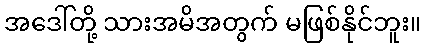
အဒေါ်တို့ သားအမိအတွက် မဖြစ်နိုင်ဘူး။